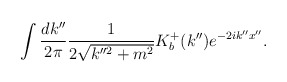
\begin{align*}\int \frac{dk''}{2\pi}\frac{1}{2\sqrt{k''^2+m^2}}K_b^+(k'')e^{-2ik''x''}.\end{align*}